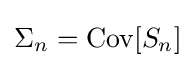
\Sigma _{n}=\operatorname {Cov} [S_{n}]